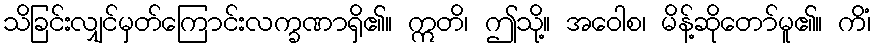
သိခြင်းလျှင်မှတ်ကြောင်းလက္ခဏာရှိ၏။ ဣတိ၊ ဤသို့။ အဝေါစ၊ မိန့်ဆိုတော်မူ၏။ ကိံ၊